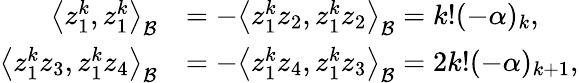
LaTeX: \begin{array}{rl}{\left<{z_{1}^{k},z_{1}^{k}}\right>_{\mathcal B}}&{=-\left<{z_{1}^{k}z_{2},z_{1}^{k}z_{2}}\right>_{\mathcal B}=k!(-\alpha)_{k},}\\ {\left<{z_{1}^{k}z_{3},z_{1}^{k}z_{4}}\right>_{\mathcal B}}&{=-\left<{z_{1}^{k}z_{4},z_{1}^{k}z_{3}}\right>_{\mathcal B}=2k!(-\alpha)_{k+1},}\end{array}